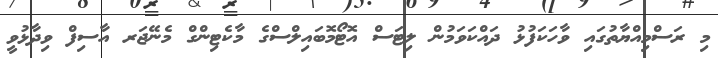
މި ރަސްމިއްޔާތުގައި ވާހަކަފުޅު ދައްކަވަމުން ލިޓަސް އޮޓޯމޮބައިލްސްގެ މާކެޓިންގް މެނޭޖަރ އާސިފް ވިދާޅުވީ